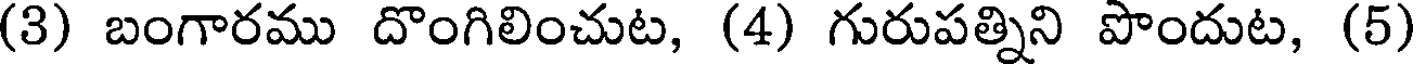
(3) బంగారము దొంగిలించుట, (4) గురుపత్నిని పొందుట, (5)